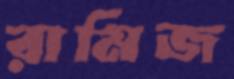
রামিজ